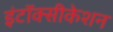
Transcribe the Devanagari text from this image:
इंटॉक्सीकेशन